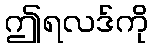
ဤရလဒ်ကို